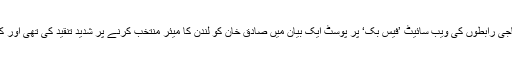
رپورٹ کے مطابق ارڈلی پرالزام ہے کہ اس نے سماجی رابطوں کی ویب سائیٹ ’فیس بک‘ پر پوسٹ ایک بیان میں صادق خان کو لندن کا میئر منتخب کرنے پر شدید تنقید کی تھی اور کہا تھا کہ صادق خان کو میئر بنانے والے اندھے ہیں۔